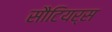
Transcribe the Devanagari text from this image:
सौटियर्स